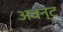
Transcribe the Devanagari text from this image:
अवन्ट